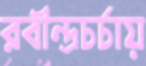
রবীন্দ্রচর্চায়